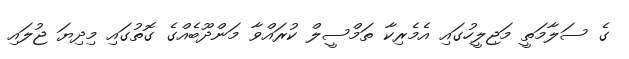
ގެ ސަލާމަތީ މަޖިލީހުގައި އެމެރިކާ ތަމްސީލް ކުރައްވާ މަންދޫބެއްގެ ގޮތުގައި މިދިޔަ ޖުލައި